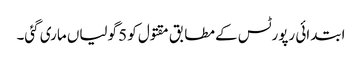
ابتدائی رپورٹس کے مطابق مقتول کو 5 گولیاں ماری گئی۔